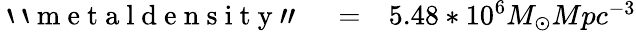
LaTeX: \begin{array}{rlr}{\mathrm{~`~`~m~e~t~a~l~d~e~n~s~i~t~y~"~}}&{{}=}&{5.48*10^{6}M_{\odot}Mpc^{-3}}\end{array}